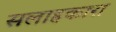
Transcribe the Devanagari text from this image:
सलाहकारा